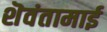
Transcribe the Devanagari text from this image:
शॆवंतामाई